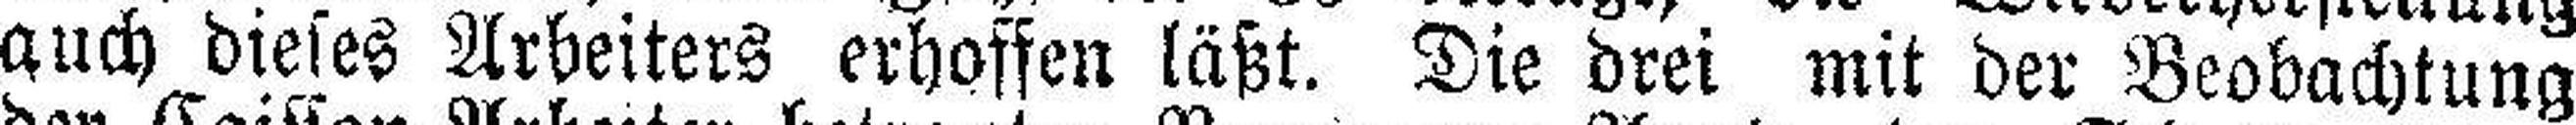
auch dieses Arbeiters erhoffen läßt. Die drei mit der Beobachtung